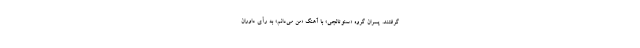
گرفتند. پسران گروه «سئوتائجی» با آهنگ «من می‌دانم» به رأی داوران